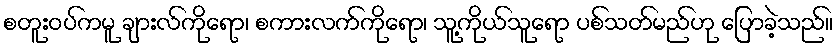
စတူးဝပ်ကမူ ချားလ်ကိုရော၊ စကားလက်ကိုရော၊ သူ့ကိုယ်သူရော ပစ်သတ်မည်ဟု ပြောခဲ့သည်။